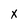
Character: x